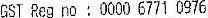
GST REG NO : 0000 6771 0976